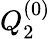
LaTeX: Q_{2}^{(0)}